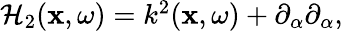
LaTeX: \begin{array}{r}{{\cal H}_{2}({\mathbf x},\omega)=k^{2}({\mathbf x},\omega)+\partial_{\alpha}\partial_{\alpha},}\end{array}